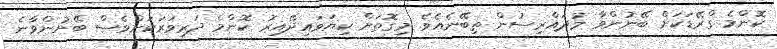
ކޮންމެ ގްރޭޑަކަށް ބޭނުންވާ މުދައްރިސުން ތިބޭނެއެވެ. މިގޮތަށް ކިޔަވައިދޭއިރު ކޮންމެ ދަރިވަރަކަށްވެސް ބޭނުންވާނެ